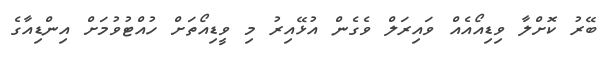
ބޭރު ކޮށްލާ ވިޑިއޯއެއް ވައިރަލް ވެގެން އުޅޭއިރު މި ވީޑިއޯތަށް ހުއްޓުވުމަށް އިންޑިއާގެ